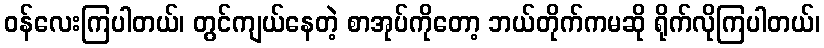
ဝန်လေးကြပါတယ်၊ တွင်ကျယ်နေတဲ့ စာအုပ်ကိုတော့ ဘယ်တိုက်ကမဆို ရိုက်လိုကြပါတယ်၊